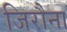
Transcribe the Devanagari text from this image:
जिरौना